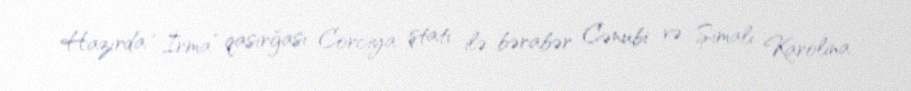
Hazırda “İrma” qasırğası Corciya ştatı ilə bərabər Cənubi və Şimali Karolina